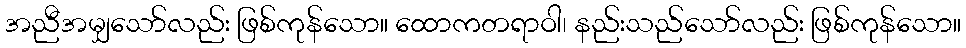
အညီအမျှသော်လည်း ဖြစ်ကုန်သော။ ထောကတရာဝါ၊ နည်းသည်သော်လည်း ဖြစ်ကုန်သော။